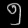
Digit: ၅